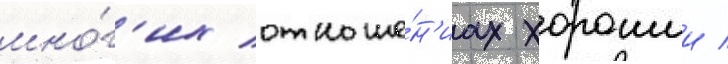
мно́г'их отноше́н'иах хорошии /